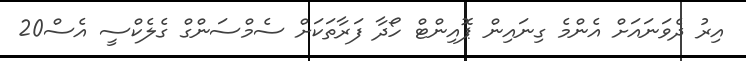
އިރު ދެވަނައަށް އެންމެ ގިނައިން ޕޮއިންޓް ހޯދާ ފަރާތަކަށް ސެމްސަންގް ގެލެކްސީ އެސް20